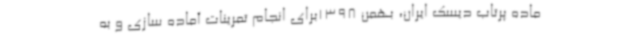
ماده پرتاب دیسک ایران، بهمن 1398برای انجام تمرینات آماده سازی و به